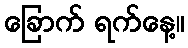
ခြောက် ရက်နေ့။